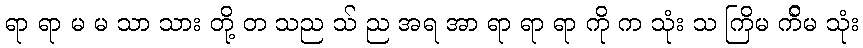
ရာ ရာ မ မ သာ သား တို့ တ သည သ် ည အရ အာ ရာ ရာ ရာ ကို က သုံး သ ကြိမ က်ိမ သုံး